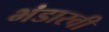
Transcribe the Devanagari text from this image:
भंडारवी